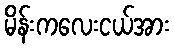
မိန်းကလေးငယ်အား